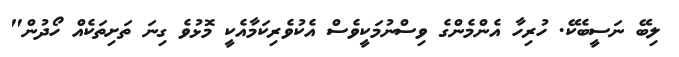
ލިބޭ ނަސީބެކޭ. ހުރިހާ އެންމެންގެ ވިސްނުމަކީވެސް އެކުވެރިކަމާއެކީ މޮޅުވެ ގިނަ ތަށިތަކެއް ހޯދުން"